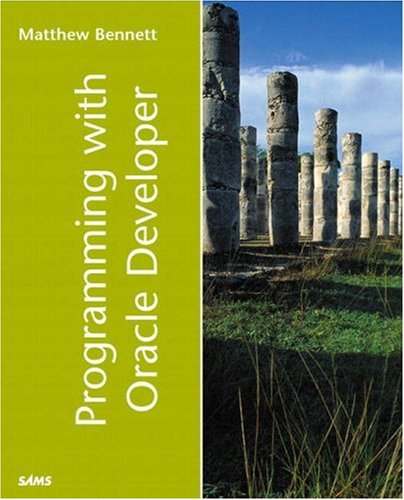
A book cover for Programming with Oracle Developer; Matthew Bennett; Computers & Technology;